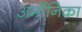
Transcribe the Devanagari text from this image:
अर्मोनिका